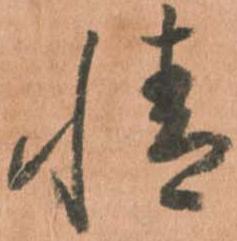
情